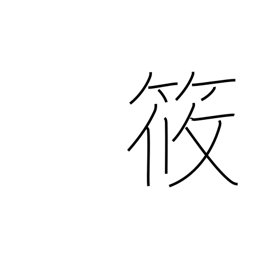
Meaning: diminutive in person's name